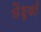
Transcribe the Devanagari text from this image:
छेंहुकी